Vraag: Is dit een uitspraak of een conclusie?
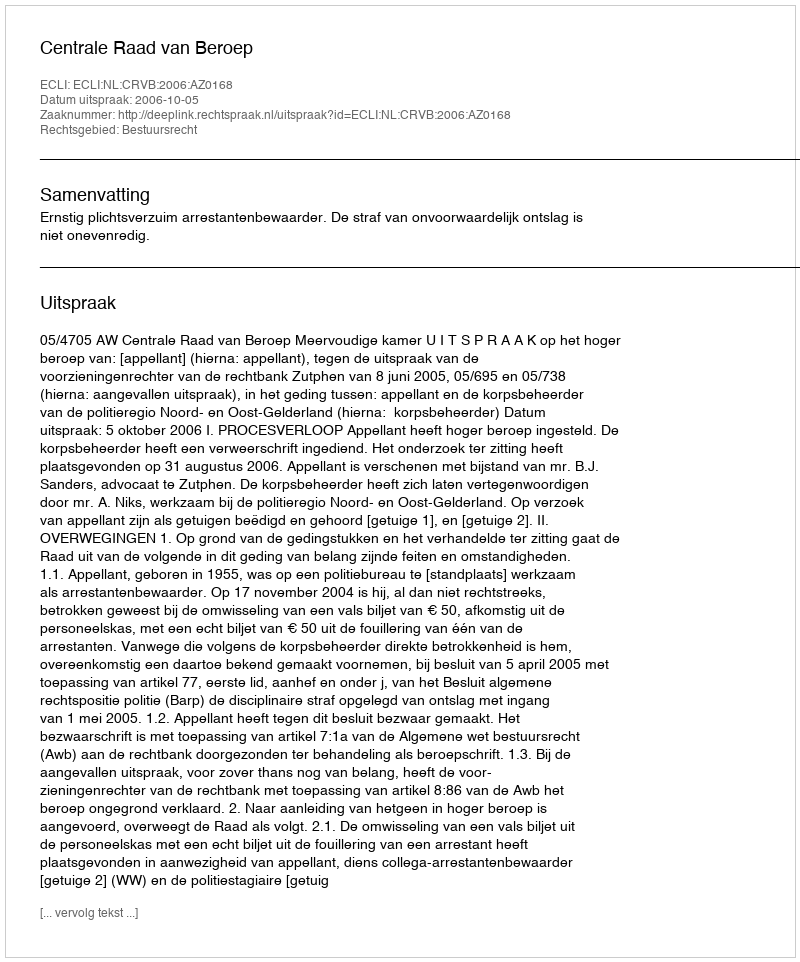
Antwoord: Uitspraak